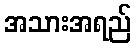
အသားအရည်